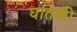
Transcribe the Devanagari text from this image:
घातकी